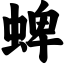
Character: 蜱